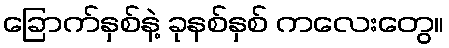
ခြောက်နှစ်နဲ့ ခုနစ်နှစ် ကလေးတွေ။